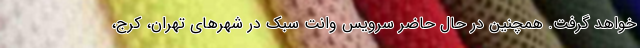
خواهد گرفت. همچنین در حال حاضر سرویس وانت سبک در شهرهای تهران، کرج،